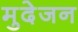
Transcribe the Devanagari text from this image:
मुदेजन